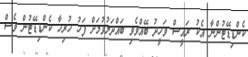
ކެންޑިޑޭޓުންނާ އެކު ރައީސް ވަހީދު ބޭއްވެވި ބައްދަލުވުމަށް ފަހު ހުރިހާ ކެންޑިޑޭޓުން ވެސް